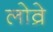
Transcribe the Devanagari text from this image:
लोव्रे